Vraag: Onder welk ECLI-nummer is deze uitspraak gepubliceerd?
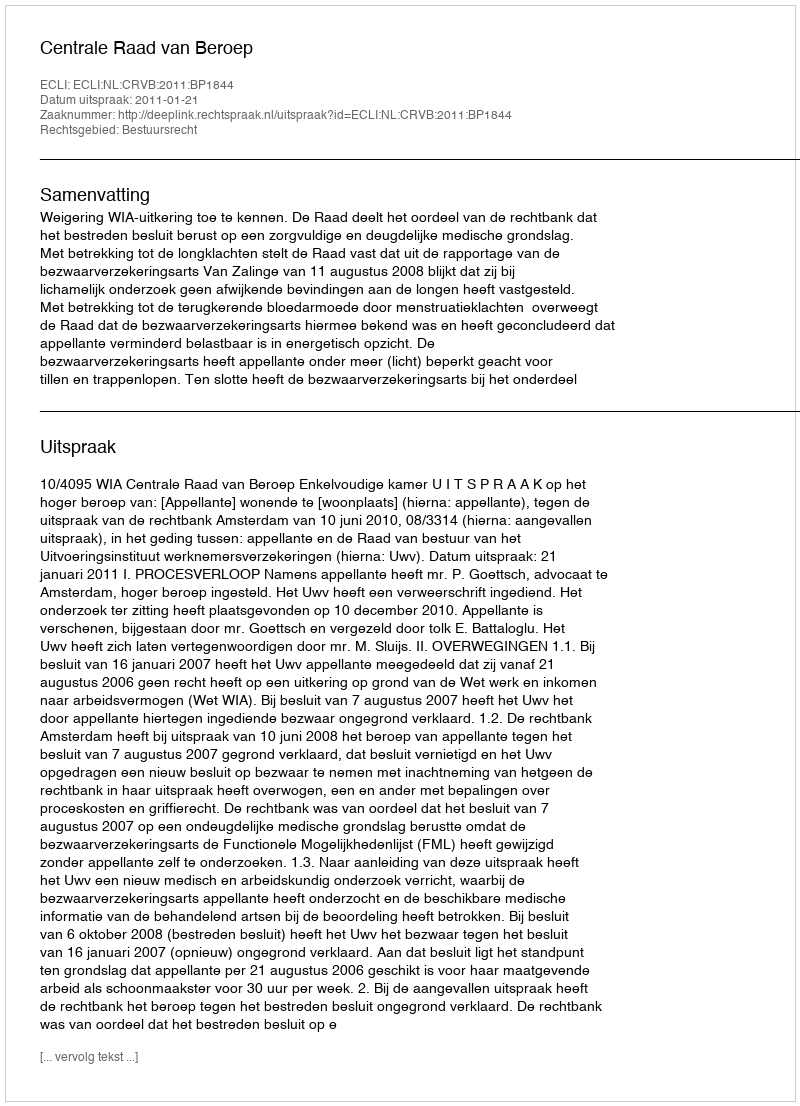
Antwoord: ECLI:NL:CRVB:2011:BP1844